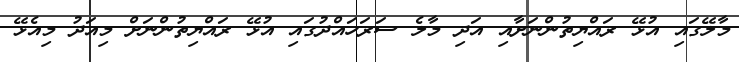
މާލޭގައި އުޅޭ ރައްޔިތުންނަށާއި އަދި މާލެ ސަރަހައްދުގައި އުޅޭ ރައްޔިތުންނަށް މިއަދު މިއެޅޭ